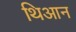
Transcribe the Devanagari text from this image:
थिआन